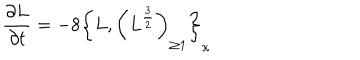
{ \frac { \partial L } { \partial t } } = - 8 \left\{ L , \left( L ^ { \frac { 3 } { 2 } } \right) _ { \geq 1 } \right\} _ { \kappa }